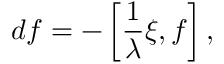
d f = - \left[ \frac { 1 } { \lambda } \xi , f \right] , ~ ~ ~